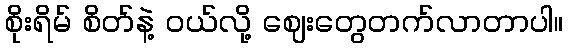
စိုးရိမ် စိတ်နဲ့ ဝယ်လို့ ဈေးတွေတက်လာတာပါ။